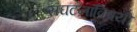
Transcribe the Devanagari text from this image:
संघटनांविषयी